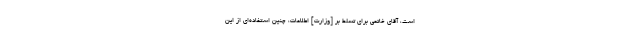
است، آقاى خاتمى براى تسلط بر [وزارت] اطلاعات، چنین استفاده‌اى از این